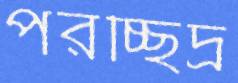
পরচ্ছিদ্র